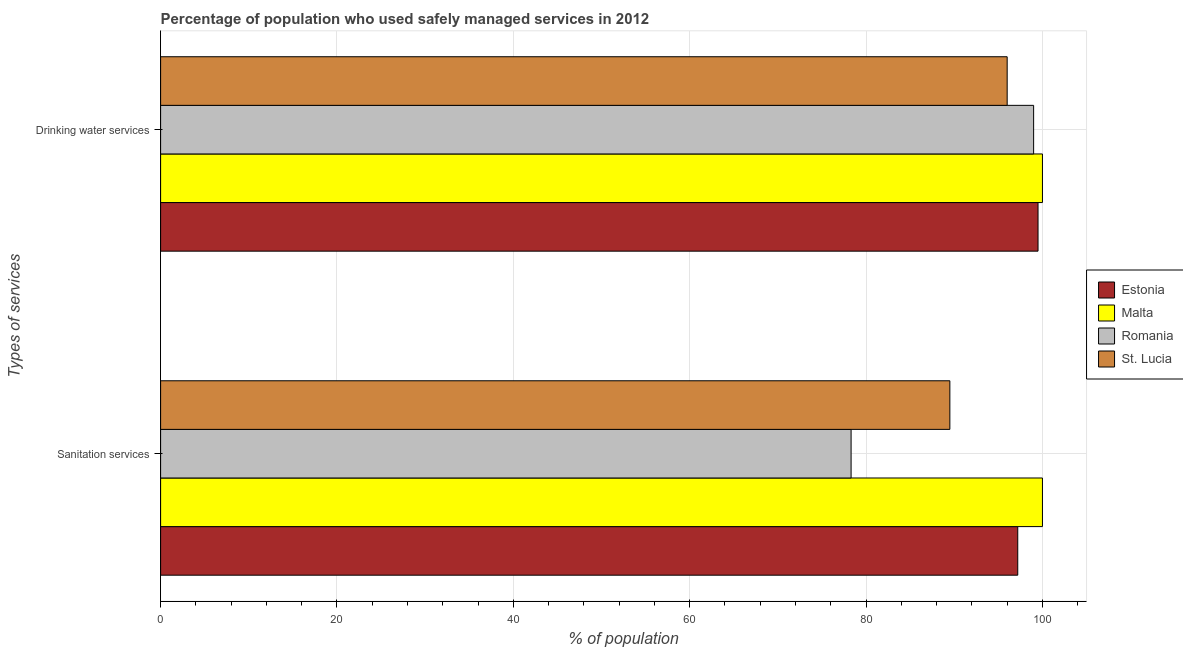
| Types of services | Estonia | Malta | Romania | St. Lucia |
 | --- | --- | --- | --- | --- |
 | Sanitation services | 97.2 | 100 | 78.3 | 89.5 |
 | Drinking water services | 99.5 | 100 | 99 | 96 |